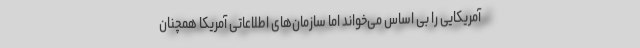
آمریکایی را بی اساس می‌خواند اما سازمان‌های اطلاعاتی آمریکا همچنان